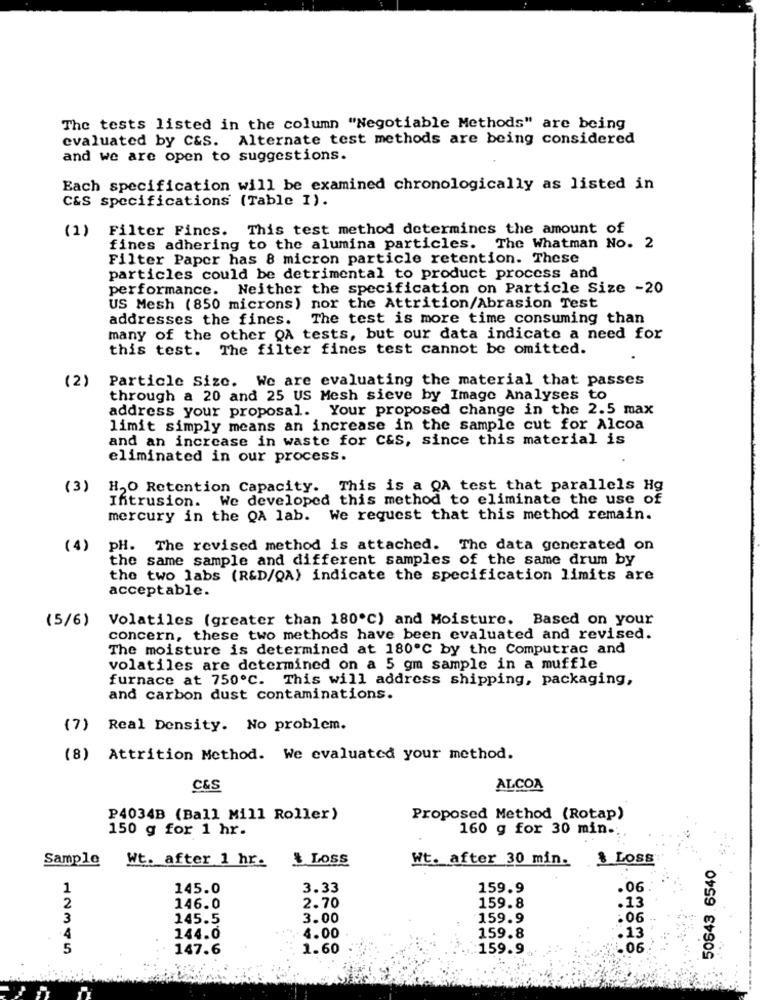
The tests listed in the column "Negotiable Methods" are being
evaluated by C&S. Alternate test methods are being considered
and we are open to suggestions.
Each specification will be examined chronologically as listed in
C&S specifications (Table I).
(1)
Filter Fincs. This test method determines the amount of
fines adhering to the alumina particles. The Whatman No. 2
Filter Paper has 8 micron particle retention. These
particles could be detrimental to product process and
performance. Neither the specification on Particle Size -20
US Mesh (850 microns) nor the Attrition/Abrasion Test
addresses the fines.
The test is more time consuming than
many of the other QA tests, but our data indicate a need for
this test. The filter fines test cannot be omitted.
(2)
Particle Size. We are evaluating the material that passes
through a 20 and 25 US Mesh sieve by Image Analyses to
address your proposal. Your proposed change in the 2.5 max
limit simply means an increase in the sample cut for Alcoa
and an increase in waste for C&S, since this material is
eliminated in our process.
(3)
HO Retention Capacity. This is a QA test that parallels Hg
Intrusion. We developed this method to eliminate the use of
mercury in the QA lab. We request that this method remain.
(4)
pH. The revised method is attached. The data generated on
the same sample and different samples of the same drum by
the two labs (R&D/QA) indicate the specification limits are
acceptable.
(5/6)
Volatiles (greater than 180℃) and Moisture. Based on your
concern, these two methods have been evaluated and revised.
The moisture is determined at 180℃ by the Computrac and
volatiles are determined on a 5 gm sample in a muffle
furnace at 750℃. This will address shipping, packaging,
and carbon dust contaminations.
(7)
Real Density. No problem.
(8) Attrition Method. We evaluated your method.
C&S
ALCOA
P4034B (Ball Mill Roller)
Proposed Method (Rotap)
150 g for 1 hr.
160 g for 30 min .;
Sample
Wt. after 1 hr.
& Loss
Wt. after 30 min.
& LOSS
50643.6540
1
145.0
3.33
159.9
.06
2.70
2
146.0
159.8
.13
3
145.5
3.00
159.9
.06
144.0
4.00
159.8
.13
5
147.6
1.60
159.9.
.06